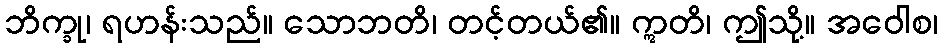
ဘိက္ခု၊ ရဟန်းသည်။ သောဘတိ၊ တင့်တယ်၏။ ဣတိ၊ ဤသို့။ အဝေါစ၊